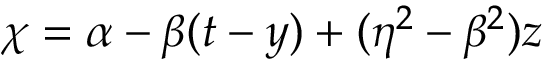
\chi = \alpha - \beta ( t - y ) + ( \eta ^ { 2 } - \beta ^ { 2 } ) z